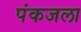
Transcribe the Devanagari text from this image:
पंकजला